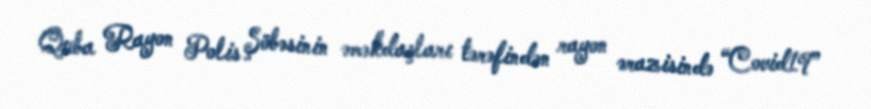
Quba Rayon Polis Şöbəsinin əməkdaşları tərəfindən rayon ərazisində “Covid19”